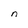
Character: n